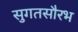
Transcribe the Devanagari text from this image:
सुगतसौरभ